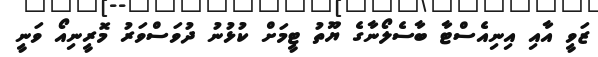
ޒަވީ އާއި އިނިއެސްޓާ ބާސެލޯނާގެ ޔޫތު ޓީމަށް ކުޅުނު ދުވަސްވަރު މޮރީނިއޯ ވަނީ